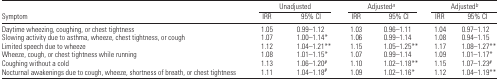
|  | <COLSPAN=2> Unadjusted | <COLSPAN=2> Adjusteda | <COLSPAN=2> Adjustedb |
 | Symptom | IRR | 95% CI | IRR | 95% CI | IRR | 95% CI |
 | --- | --- | --- | --- | --- | --- | --- |
 | Daytime wheezing, coughing, or chest tightness | 1.05 | 0.99–1.12 | 1.03 | 0.96–1.11 | 1.04 | 0.97–1.12 |
 | Slowing activity due to asthma, wheeze, chest tightness, or cough | 1.07 | 1.00–1.14* | 1.06 | 0.99–1.14 | 1.08 | 0.94–1.15 |
 | Limited speech due to wheeze | 1.12 | 1.04–1.21** | 1.15 | 1.05–1.25** | 1.17 | 1.08–1.27** |
 | Wheeze, cough, or chest tightness while running | 1.08 | 1.01–1.15* | 1.07 | 0.99–1.14 | 1.09 | 1.01–1.17* |
 | Coughing without a cold | 1.13 | 1.06–1.20# | 1.10 | 1.02–1.18** | 1.15 | 1.07–1.23# |
 | Nocturnal awakenings due to cough, wheeze, shortness of breath, or chest tightness | 1.11 | 1.04–1.18# | 1.09 | 1.02–1.16* | 1.12 | 1.04–1.19** |